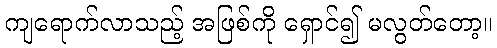
ကျရောက်လာသည့် အဖြစ်ကို ရှောင်၍ မလွတ်တော့။